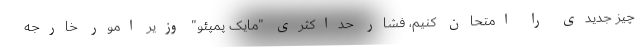
چیز جدیدی را امتحان کنیم، فشار حداکثری "مایک پمپئو" وزیر امور خارجه